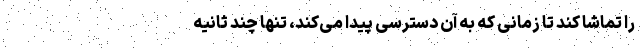
را تماشا کند تا زمانی که به آن دسترسی پیدا می‌کند، تنها چند ثانیه